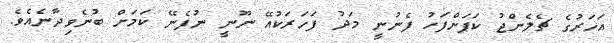
އަހަރުގެ ޗެލެންޖު ކަޕަށްފަހު ފެނުނީ މަދު ފަހަރަކުއޭ ނޫނީ ނުފެނޭ ކަމަށް ބުނެވިދާނެއެވެ.